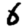
Digit: 6